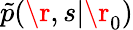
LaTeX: \tilde{p}(\r,s|\r_{0})